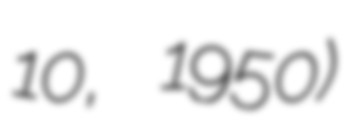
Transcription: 10, 1950)